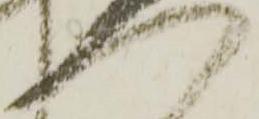
へ